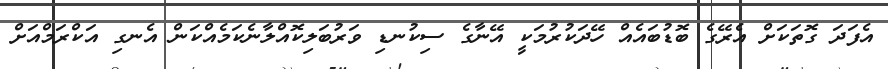
އެފަދަ ގޮތަކަށް އެރޭގެ ބޮޑުބައެއް ހޭދަކުރުމަކީ އޭނާގެ ސިކުނޑި ވަރުބަލިކޮއްލާނެކަމެއްކަން އެނގި އަކްރަމްއަށް